Annual administration and progress report of the Indian Medical Department, Bombay
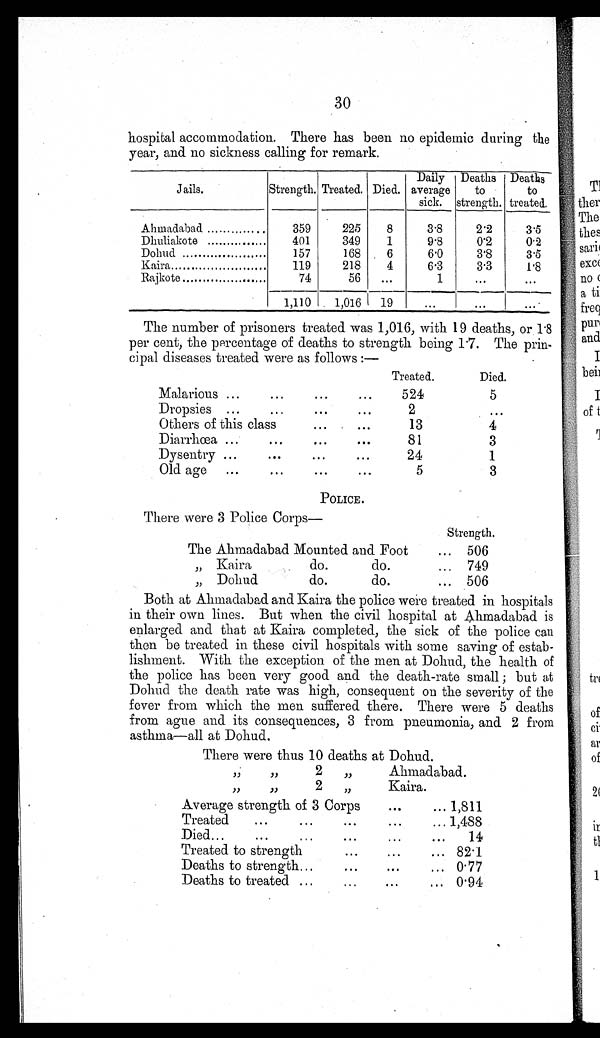
30
hospital accommodation. There has been no epidemic during the
year, and no sickness calling for remark.
Jails.
Strength. Treated. Died.
Daily
average
sick.
Deaths
to
strength.
Deaths
to
treated.
Ahmadabad
..
359
225
8
3.8
2.2
3.5
Dhuliakote ...............
401
349
1
9.8
0.2
0.2
Dohud
157
168
6
6.0
3.8
3.5
Kaira
119
218
4
6.3
3.3
1 . 8
Rajkote
74
56
...
1
...
...
1,110
1,016 19
...
... ...
The number of prisoners treated was 1,016, with 19 deaths, or 1.8
per cent, the percentage of deaths to strength being 1.7. The prin-
cipal diseases treated were as follows :—
Treated.
Died.
Malarious ...
...
...
...
524
5
Dropsies ...
...
...
...
2
. . .
Others of this class
...
...
13
4
Diarrhœa ...
...
...
...
81
3
Dysentry ...
...
...
...
24
1
Old age
...
...
...
5
3
POLICE.
There were 3 Police Corps—
Strength.
The Ahmadabad Mounted and Foot
... 506
,, Kaira
do.
do.
... 749
,,
Dohud
do.
do.
... 506
Both at Ahmadabad and Kaira the police were treated in hospitals
in their own lines. But when the civil hospital at Ahmadabad is
enlarged and that at Kaira completed, the sick of the police can
then be treated in these civil hospitals with some saving of estab-
lishment. With the exception of the men at Dohud, the health of
the police has been very good and the death-rate small ; but at
Dohud the death rate was high, consequent on the severity of the
fever from which the men suffered there. There were 5 deaths
from ague and its consequences, 3 from pneumonia, and 2 from
asthma—all at Dohud.
There were thus 10 deaths at Dohud.
,,
,,
2
,,
Ahmadabad.
,,
,,
2
„
Kaira.
Average strength of 3 Corps
...
... 1,811
Treated
...
... ...
...
... 1,488
Died...
...
...
...
...
...
14
Treated to strength
...
...
... 82.1
Deaths to strength...
...
....
... O . 77
Deaths to treated ..
...
...
... 0 . 94